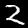
Digit: 2